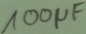
Text: 100µF